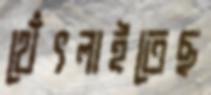
থেঁৎলাইতেছ